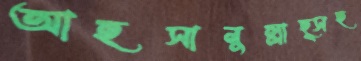
আহসানুল্লাহ্সহ